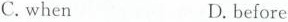
C.when D.before